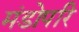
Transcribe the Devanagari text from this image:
मंडोपरि